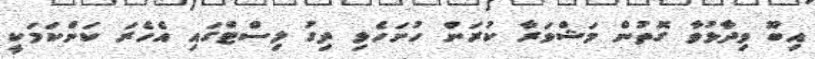
އިބޫ ވިދާޅުވާ ގޮތުން މަޝްވަރާ ކުރަން ހުށަހެޅި ދިގު ލިސްޓްގައި އެހެރަ ކަންކަމަކީ